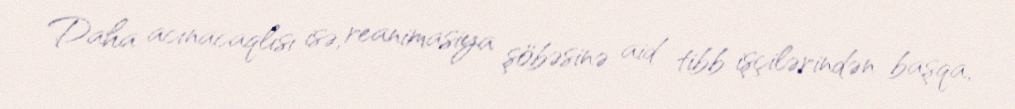
Daha acınacaqlısı isə, reanimasiya şöbəsinə aid tibb işçilərindən başqa,